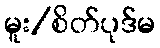
မူး/စိတ်ပုဒ်မ